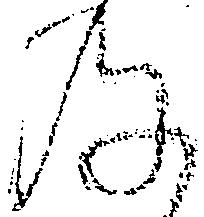
及